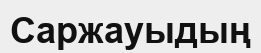
Саржауыдың